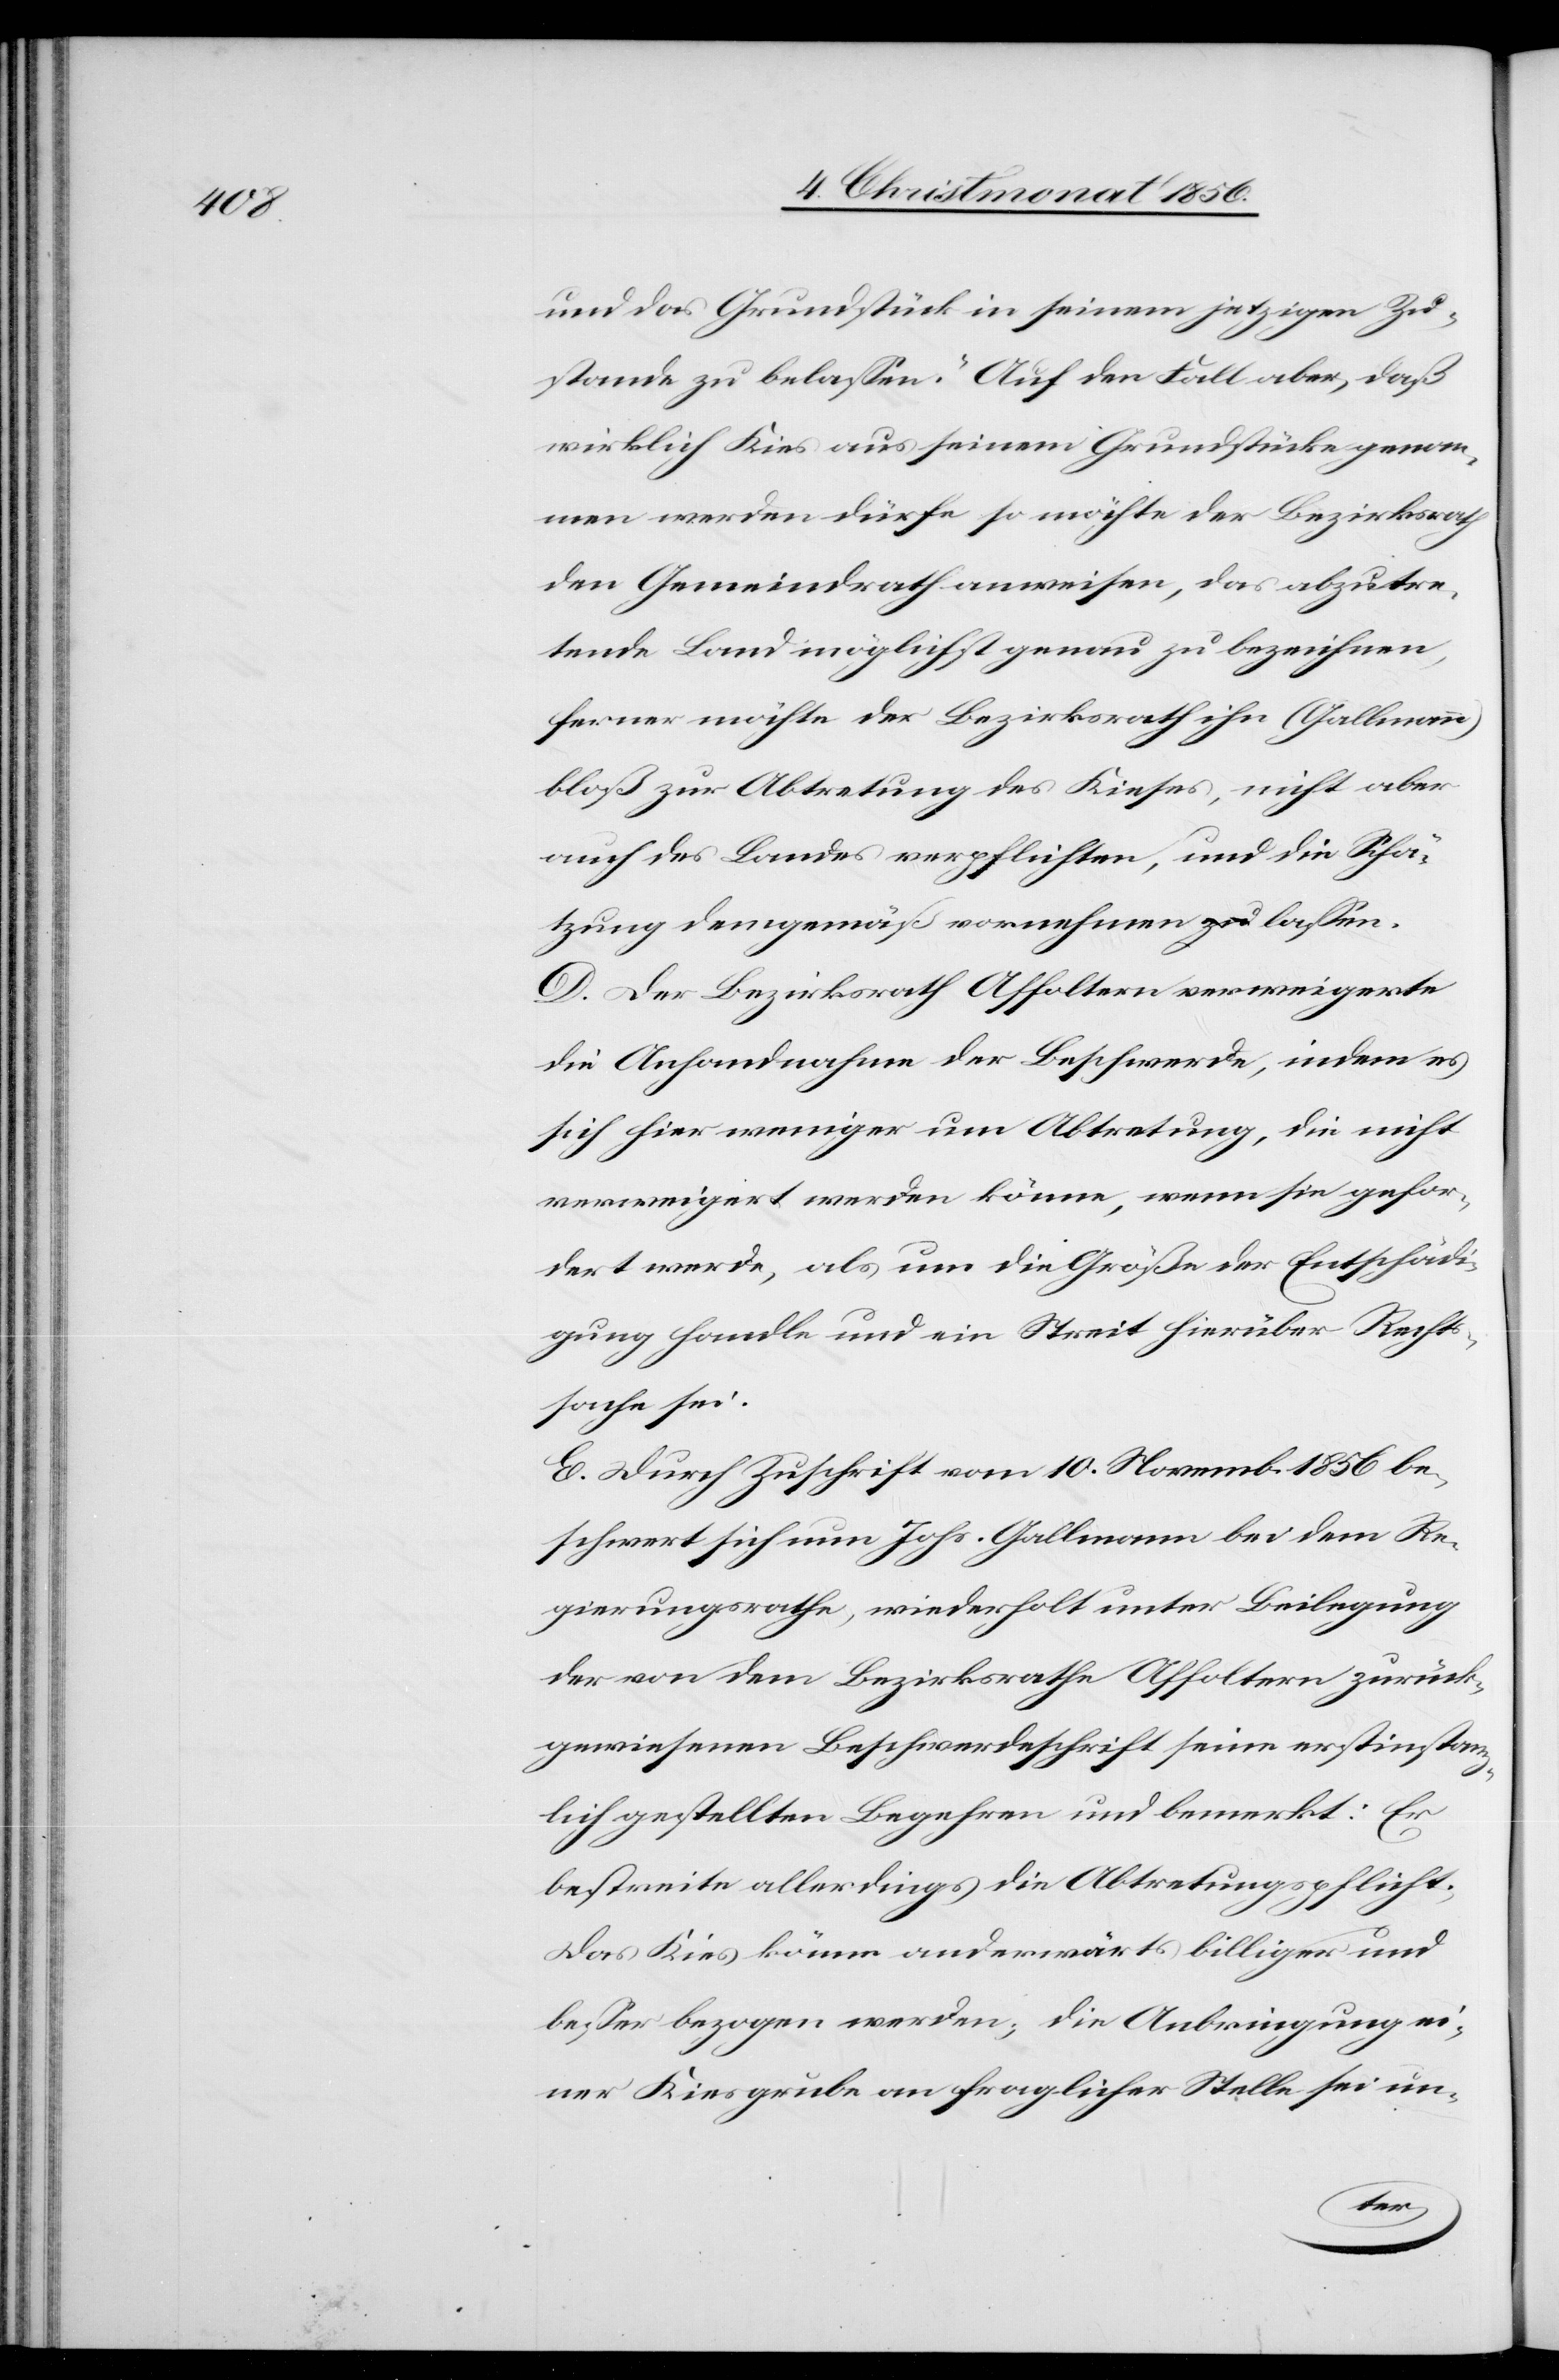
und das Grundstück in seinem jetzigen Zu¬
stande zu belassen.“ Auf den Fall aber, daß
wirklich Kies aus seinem Grundstücke genom¬
men werden dürfe so möchte der Bezirksrath
den Gemeindrath anweisen, das abzutre¬
tende Land möglichst genau zu bezeichnen,
ferner möchte der Bezirksrath ihn (Gallmann)
bloß zur Abtretung des Kieses, nicht aber
auch des Landes verpflichten, und die Schä¬
tzung demgemäß vornehmen lassen.
D. Der Bezirksrath Affoltern verweigerte
die Anhandnahme der Beschwerde, indem es
sich hier weniger um Abtretung, die nicht
verweigert werden könne, wenn sie gefor¬
dert werde, als um die Größe der Entschädi¬
gung handle und ein Streit hierüber Rechts¬
sache sei.
E. Durch Zuschrift vom 10. Novemb. 1856 be¬
schwert sich nun Johs. Gallmann bei dem Re¬
gierungsrathe, wiederholt unter Beilegung
der von dem Bezirksrathe Affoltern zurück¬
gewiesenen Beschwerdeschrift seine erstinstanz¬
lich gestellten Begehren und bemerkt: Er
bestreite allerdings die Abtretungspflicht.
Das Kies könne anderwärts billiger und
besser bezogen werden; die Anbringung ei¬
ner Kiesgrube an fraglicher Stelle sei un-